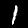
Digit: 1